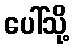
ပေါ်သို့